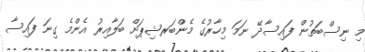
މި ނިސްބަތުން ފައިސާދޭ ނަމަ މިހާރުގެ މެންބަރޝިޕަށް ބަލާއިރު އެންމެ ގިނަ ފައިސާ